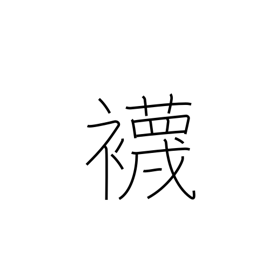
Meaning: socks